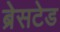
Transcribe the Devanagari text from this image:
ब्रेसटेड